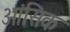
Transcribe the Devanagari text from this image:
आंसिक